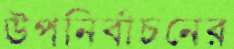
উপনির্বাচনের